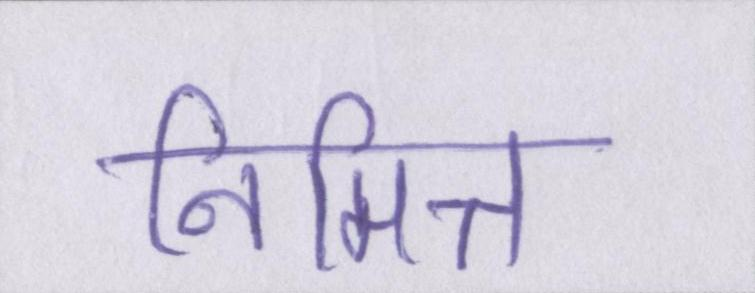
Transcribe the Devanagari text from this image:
निमित्त